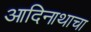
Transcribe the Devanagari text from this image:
आदिनाथाचा